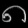
Digit: ၈